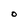
Character: O